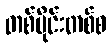
တစ်ပိုင်းတစ်စ